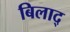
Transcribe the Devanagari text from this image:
बिलाद्